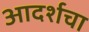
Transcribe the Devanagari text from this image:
आदर्शचा